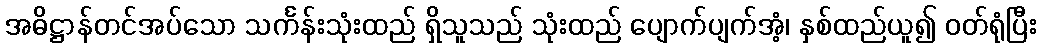
အဓိဋ္ဌာန်တင်အပ်သော သင်္ကန်းသုံးထည် ရှိသူသည် သုံးထည် ပျောက်ပျက်အံ့၊ နှစ်ထည်ယူ၍ ဝတ်ရုံပြီး